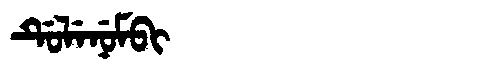
Manchu: ᡩᡠᠯᡝᠨᡠᠮᠪᡳ
Romanization: DULENUMBI